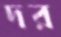
দর